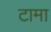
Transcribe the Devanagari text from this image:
टामा